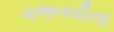
ગજનવીના